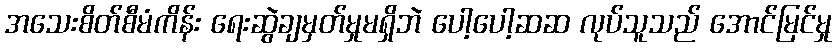
အသေးစိတ်စီမံကိန်း ရေးဆွဲချမှတ်မှုမရှိဘဲ ပေါ့ပေါ့ဆဆ လုပ်သူသည် အောင်မြင်မှု